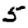
Digit: 5